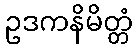
ဥဒကနိမိတ္တံ